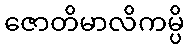
ဇောတိမာလိကမ္ပိ